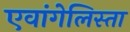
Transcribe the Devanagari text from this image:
एवांगेलिस्ता